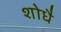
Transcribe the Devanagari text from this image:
शोधै